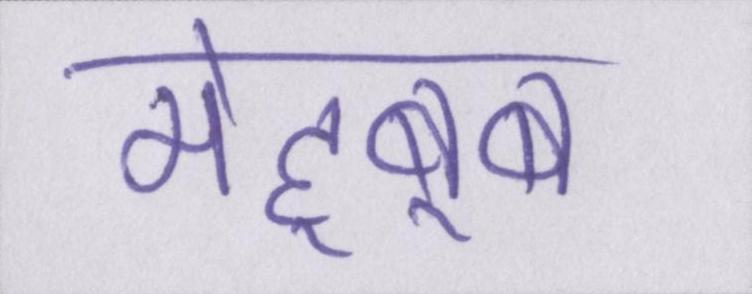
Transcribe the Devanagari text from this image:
मेह्बूब